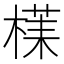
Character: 𱤀